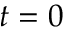
t = 0